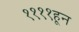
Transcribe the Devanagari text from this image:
११११हून